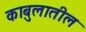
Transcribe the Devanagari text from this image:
काबुलातील